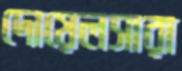
দোয়েলসারা